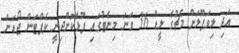
އަދި ލިވަޕޫލަށް މެޗުގެ ލީޑް 36 ވަނަ މިނެޓުގައި ފުޅާކޮށްދިނީ ކެޕްޓަން ޖޯޑަން